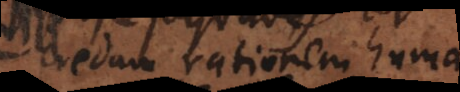
credam rationem humanam